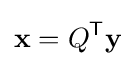
\mathbf {x} =Q^{\mathsf {T}}\mathbf {y}